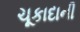
ચૂકાદાની